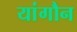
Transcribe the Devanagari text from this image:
यांगौन